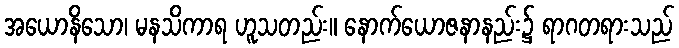
အယောနိသော၊ မနသိကာရ ဟူသတည်း။ နောက်ယောဇနာနည်း၌ ရာဂတရားသည်